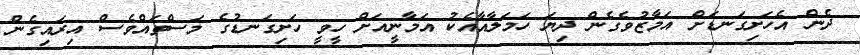
ދެން އެހަށިގަނޑަށް އަމާޒުވެގެން ދިޔަ ހަމަލާއާއެކު އަމާނީއަށް ހީވީ ހަށިގަނޑުގެ މަސްތައްވެސް އިރައިގެން